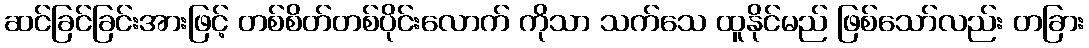
ဆင်ခြင်ခြင်းအားဖြင့် တစ်စိတ်တစ်ပိုင်းလောက် ကိုသာ သက်သေ ထူနိုင်မည် ဖြစ်သော်လည်း တခြား